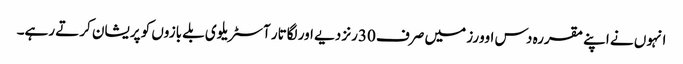
انہوں نے اپنے مقررہ دس اوورز میں صرف 30رنز دیے اور لگاتار آسٹریلوی بلے بازوں کو پریشان کرتے رہے۔